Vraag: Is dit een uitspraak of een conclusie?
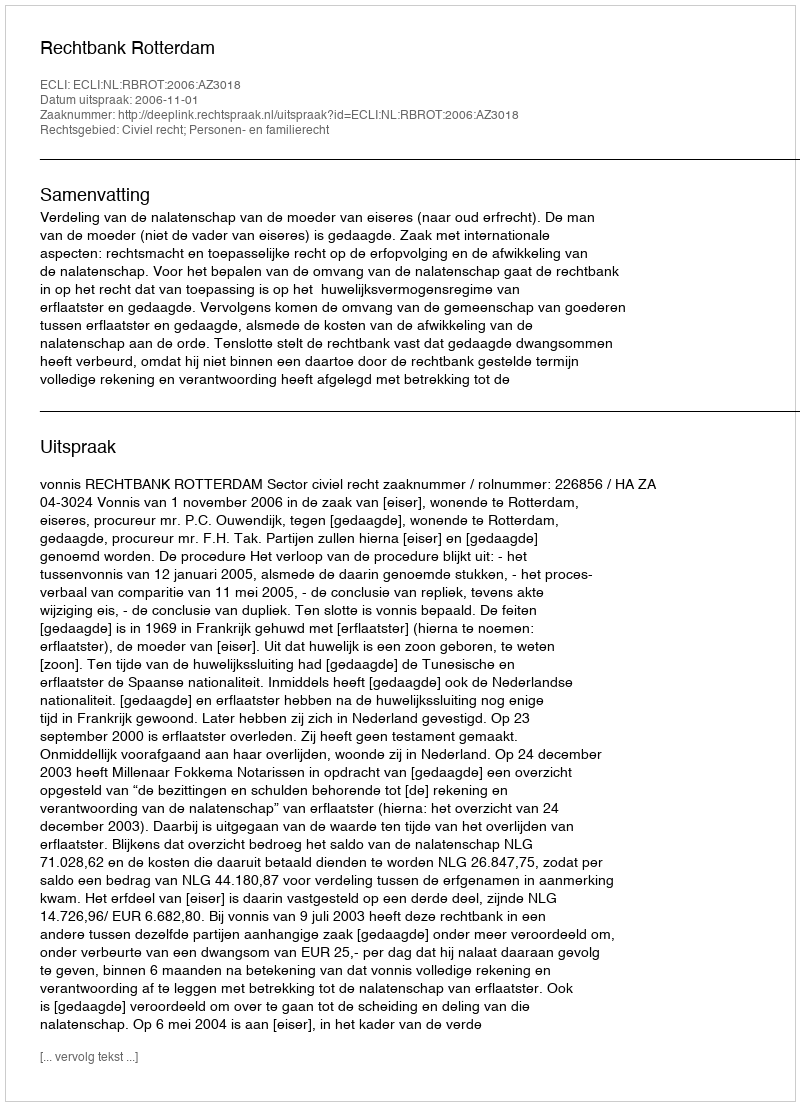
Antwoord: Uitspraak